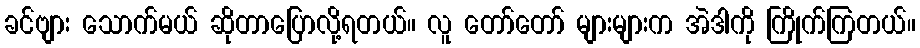
ခင်ဗျား သောက်မယ် ဆိုတာပြောလို့ရတယ်။ လူ တော်တော် များများက အဲဒါကို ကြိုက်ကြတယ်။